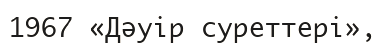
1967 «Дәуір суреттері»,